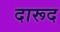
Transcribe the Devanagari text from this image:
दारूद